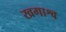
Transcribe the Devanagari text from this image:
खगाश्व